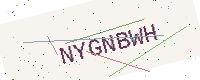
Text: NYGNBWH